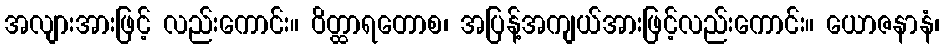
အလျားအားဖြင့် လည်းကောင်း။ ဝိတ္ထာရတောစ၊ အပြန့်အကျယ်အားဖြင့်လည်းကောင်း။ ယောဇနာနံ၊